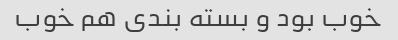
خوب بود و بسته بندی هم خوب